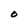
Character: O